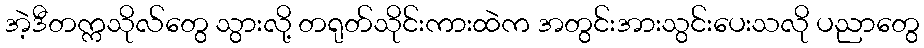
အဲ့ဒီတက္ကသိုလ်တွေ သွားလို့ တရုတ်သိုင်းကားထဲက အတွင်းအားသွင်းပေးသလို ပညာတွေ